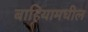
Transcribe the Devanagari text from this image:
बाहियामधील